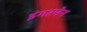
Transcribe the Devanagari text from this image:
इंगरमेन